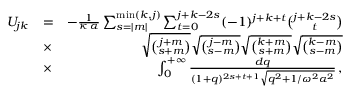
\begin{array} { r l r } { U _ { j k } } & { = } & { - \frac { 1 } { \kappa \, \alpha } \sum _ { s = | m | } ^ { \mathrm { m i n } ( k , j ) } \sum _ { t = 0 } ^ { j + k - 2 s } ( - 1 ) ^ { j + k + t } { \binom { j + k - 2 s } { t } } } \\ & { \times } & { \sqrt { { \binom { j + m } { s + m } } } \sqrt { { \binom { j - m } { s - m } } } \sqrt { { \binom { k + m } { s + m } } } \sqrt { { \binom { k - m } { s - m } } } } \\ & { \times } & { \int _ { 0 } ^ { + \infty } \frac { d q } { ( 1 + q ) ^ { 2 s + t + 1 } \sqrt { q ^ { 2 } + 1 / \omega ^ { 2 } \alpha ^ { 2 } } } \, , } \end{array}